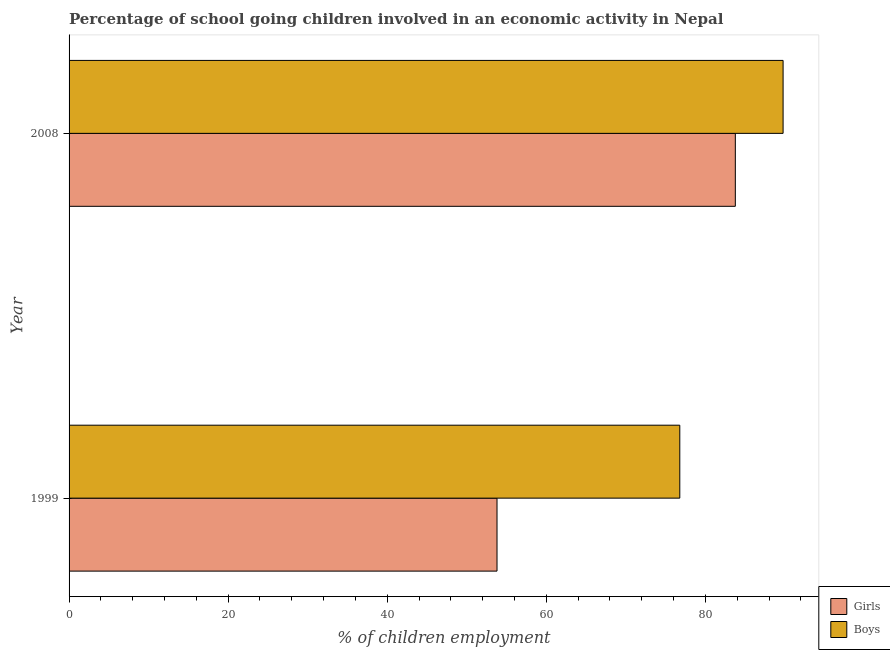
| Year | Girls | Boys |
 | --- | --- | --- |
 | 1999 | 53.8 | 76.8 |
 | 2008 | 83.8 | 89.8 |